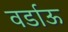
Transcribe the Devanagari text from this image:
वर्डाऊ